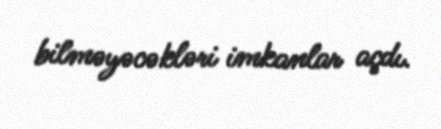
bilməyəcəkləri imkanlar açdı.